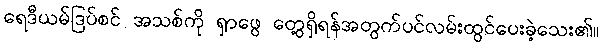
ရေဒီယမ်ဒြပ်စင် အသစ်ကို ရှာဖွေ တွေ့ရှိရန်အတွက်ပင်လမ်းထွင်ပေးခဲ့သေး၏။